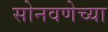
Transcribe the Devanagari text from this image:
सोनवणेच्या